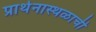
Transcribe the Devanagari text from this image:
प्रार्थनास्थळाची